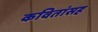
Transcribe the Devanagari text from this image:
कवितांसह